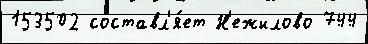
153502 составл'я́ет Н'ежилово 744